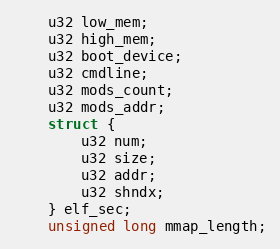
Language: C
	u32 low_mem;
	u32 high_mem;
	u32 boot_device;
	u32 cmdline;
	u32 mods_count;
	u32 mods_addr;
	struct {
		u32 num;
		u32 size;
		u32 addr;
		u32 shndx;
	} elf_sec;
	unsigned long mmap_length;